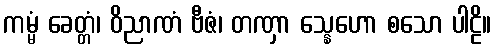
ကမ္မံ ခေတ္တံ၊ ဝိညာဏံ ဗီဇံ၊ တဏှာ သ္နေဟော စသော ပါဠိ။